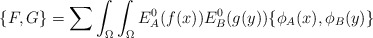
\begin{align*}\{ F,G \} =\sum\int_{\Omega}\int_{\Omega} E^0_A(f(x))E^0_B(g(y))\{ \phi_A(x),\phi_B(y)\}\end{align*}